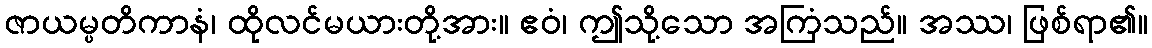
ဇာယမ္ပတိကာနံ၊ ထိုလင်မယားတို့အား။ ဧဝံ၊ ဤသို့သော အကြံသည်။ အဿ၊ ဖြစ်ရာ၏။